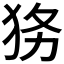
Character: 𱭷